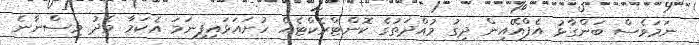
ނަމަވެސް ބަންގާޅު އެފްއޭއިން ދިގު މުއްދަތުގެ ކޮންޓްރެކްޓެއް ހުށައަޅައިފިނަމަ އެކަމާ މެދު ވިސްނާނެ